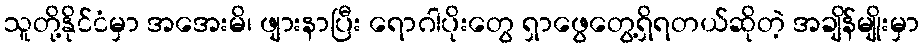
သူတို့နိုင်ငံမှာ အအေးမိ၊ ဖျားနာပြီး ရောဂါပိုးတွေ ရှာဖွေတွေ့ရှိရတယ်ဆိုတဲ့ အချိန်မျိုးမှာ